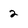
Character: 2